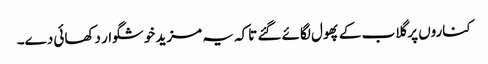
کناروں پر گلاب کے پھول لگائے گئے تاکہ یہ مزید خوشگوار دکھائی دے۔